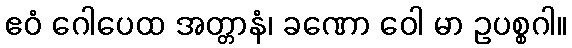
ဧဝံ ဂေါပေထ အတ္တာနံ၊ ခဏော ဝေါ မာ ဥပစ္စဂါ။